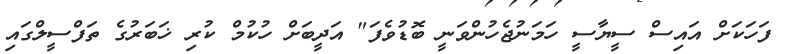
ފަހަކަށް އައިސް ސީޔާސީ ހަމަނުޖެހުންވަނީ ބޮޑުވެފަ" އަދީބަށް ހުކުމް ކުރި ޚަބަރުގެ ތަފްސީލްގައި